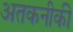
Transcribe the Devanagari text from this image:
अतकनीकी